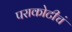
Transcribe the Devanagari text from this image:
पराकोटीचं